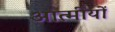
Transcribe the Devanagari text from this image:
आत्मीयों